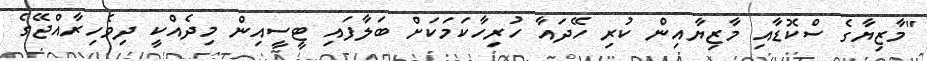
"މާޒިޔާގެ ސްކޮޑާއި މާޒިޔާއިން ކުރި ހޭދައާ ހުރިހާކަމަކަށް ބަލާފައި ޓީސީއިން މިދެއްކީ ދިވެހިރާއްޖޭގެ